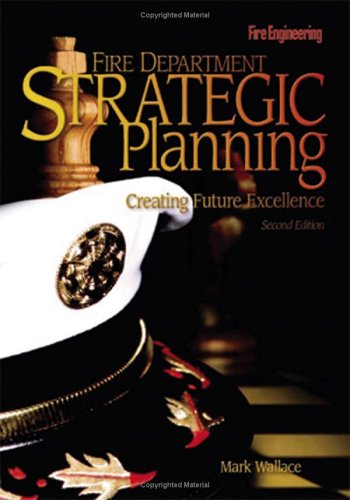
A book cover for Fire Department Strategic Planning: Creating Future Excellence; Mark Wallace; Business & Money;